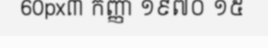
60px៣ កញ្ញា ១៩៧០ ១៥